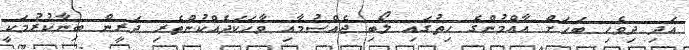
އަދި ދިވެހި ބަހަށް އާއްމުންގެ ހިތުގައި ލޯބި ޖެއްސުމާއި ވާހަކަދެއްކުންތެރި ދަރީން ބިނާކުރުމަކީ